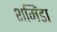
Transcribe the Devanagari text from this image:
शमिंडा